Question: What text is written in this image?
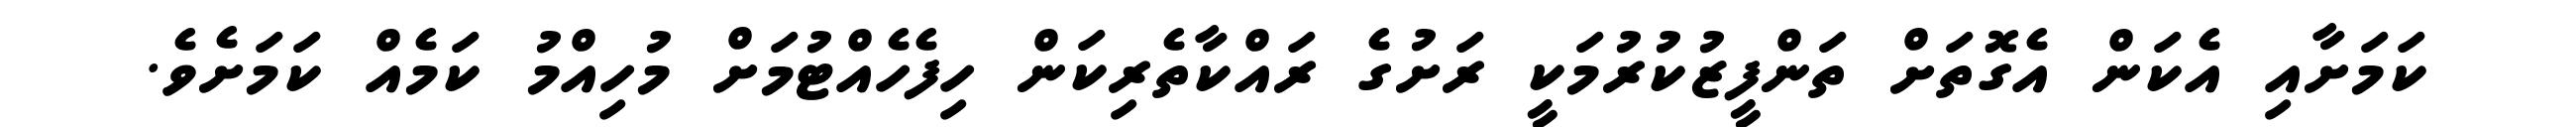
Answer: ކަމަށާއި އެކަން އެގޮތަށް ތަންފީޒުކުރުމަކީ ރަށުގެ ރައްކާތެރިކަން ހިފެހެއްޓުމަށް މުހިއްމު ކަމެއް ކަމަށެވެ.